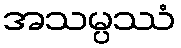
အသမ္ပဿံ